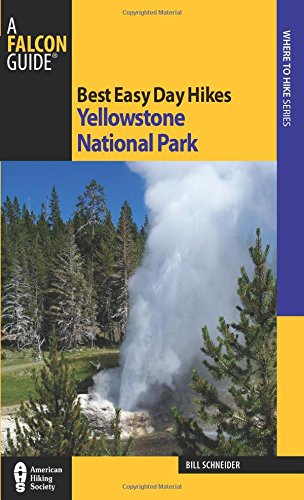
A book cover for Best Easy Day Hikes Yellowstone National Park (Best Easy Day Hikes Series); Bill Schneider; Travel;